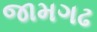
જામગઢ